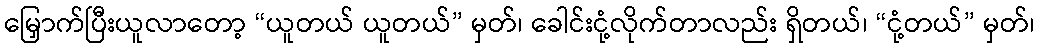
မြှောက်ပြီးယူလာတော့ “ယူတယ် ယူတယ်” မှတ်၊ ခေါင်းငုံ့လိုက်တာလည်း ရှိတယ်၊ “ငုံ့တယ်” မှတ်၊